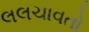
લલચાવતો